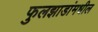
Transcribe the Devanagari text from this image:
फुलझाडांमधील